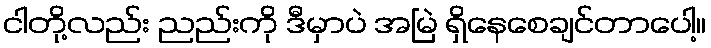
ငါတို့လည်း ညည်းကို ဒီမှာပဲ အမြဲ ရှိနေစေချင်တာပေါ့။